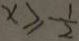
x \geq - \frac { 1 } { 2 }